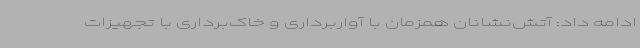
ادامه داد: آتش‌نشانان همزمان با آواربرداری و خاک‌برداری با تجهیزات